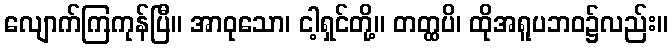
လျောက်ကြကုန်ပြီ။ အာဝုသော၊ ငါ့ရှင်တို့။ တတ္ထပိ၊ ထိုအရူပဘဝ၌လည်း။